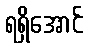
ရရှိအောင်